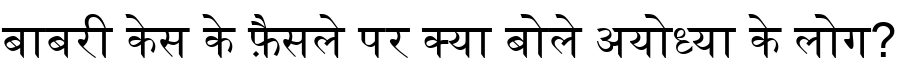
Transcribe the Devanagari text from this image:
बाबरी केस के फ़ैसले पर क्या बोले अयोध्या के लोग?